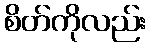
စိတ်ကိုလည်း